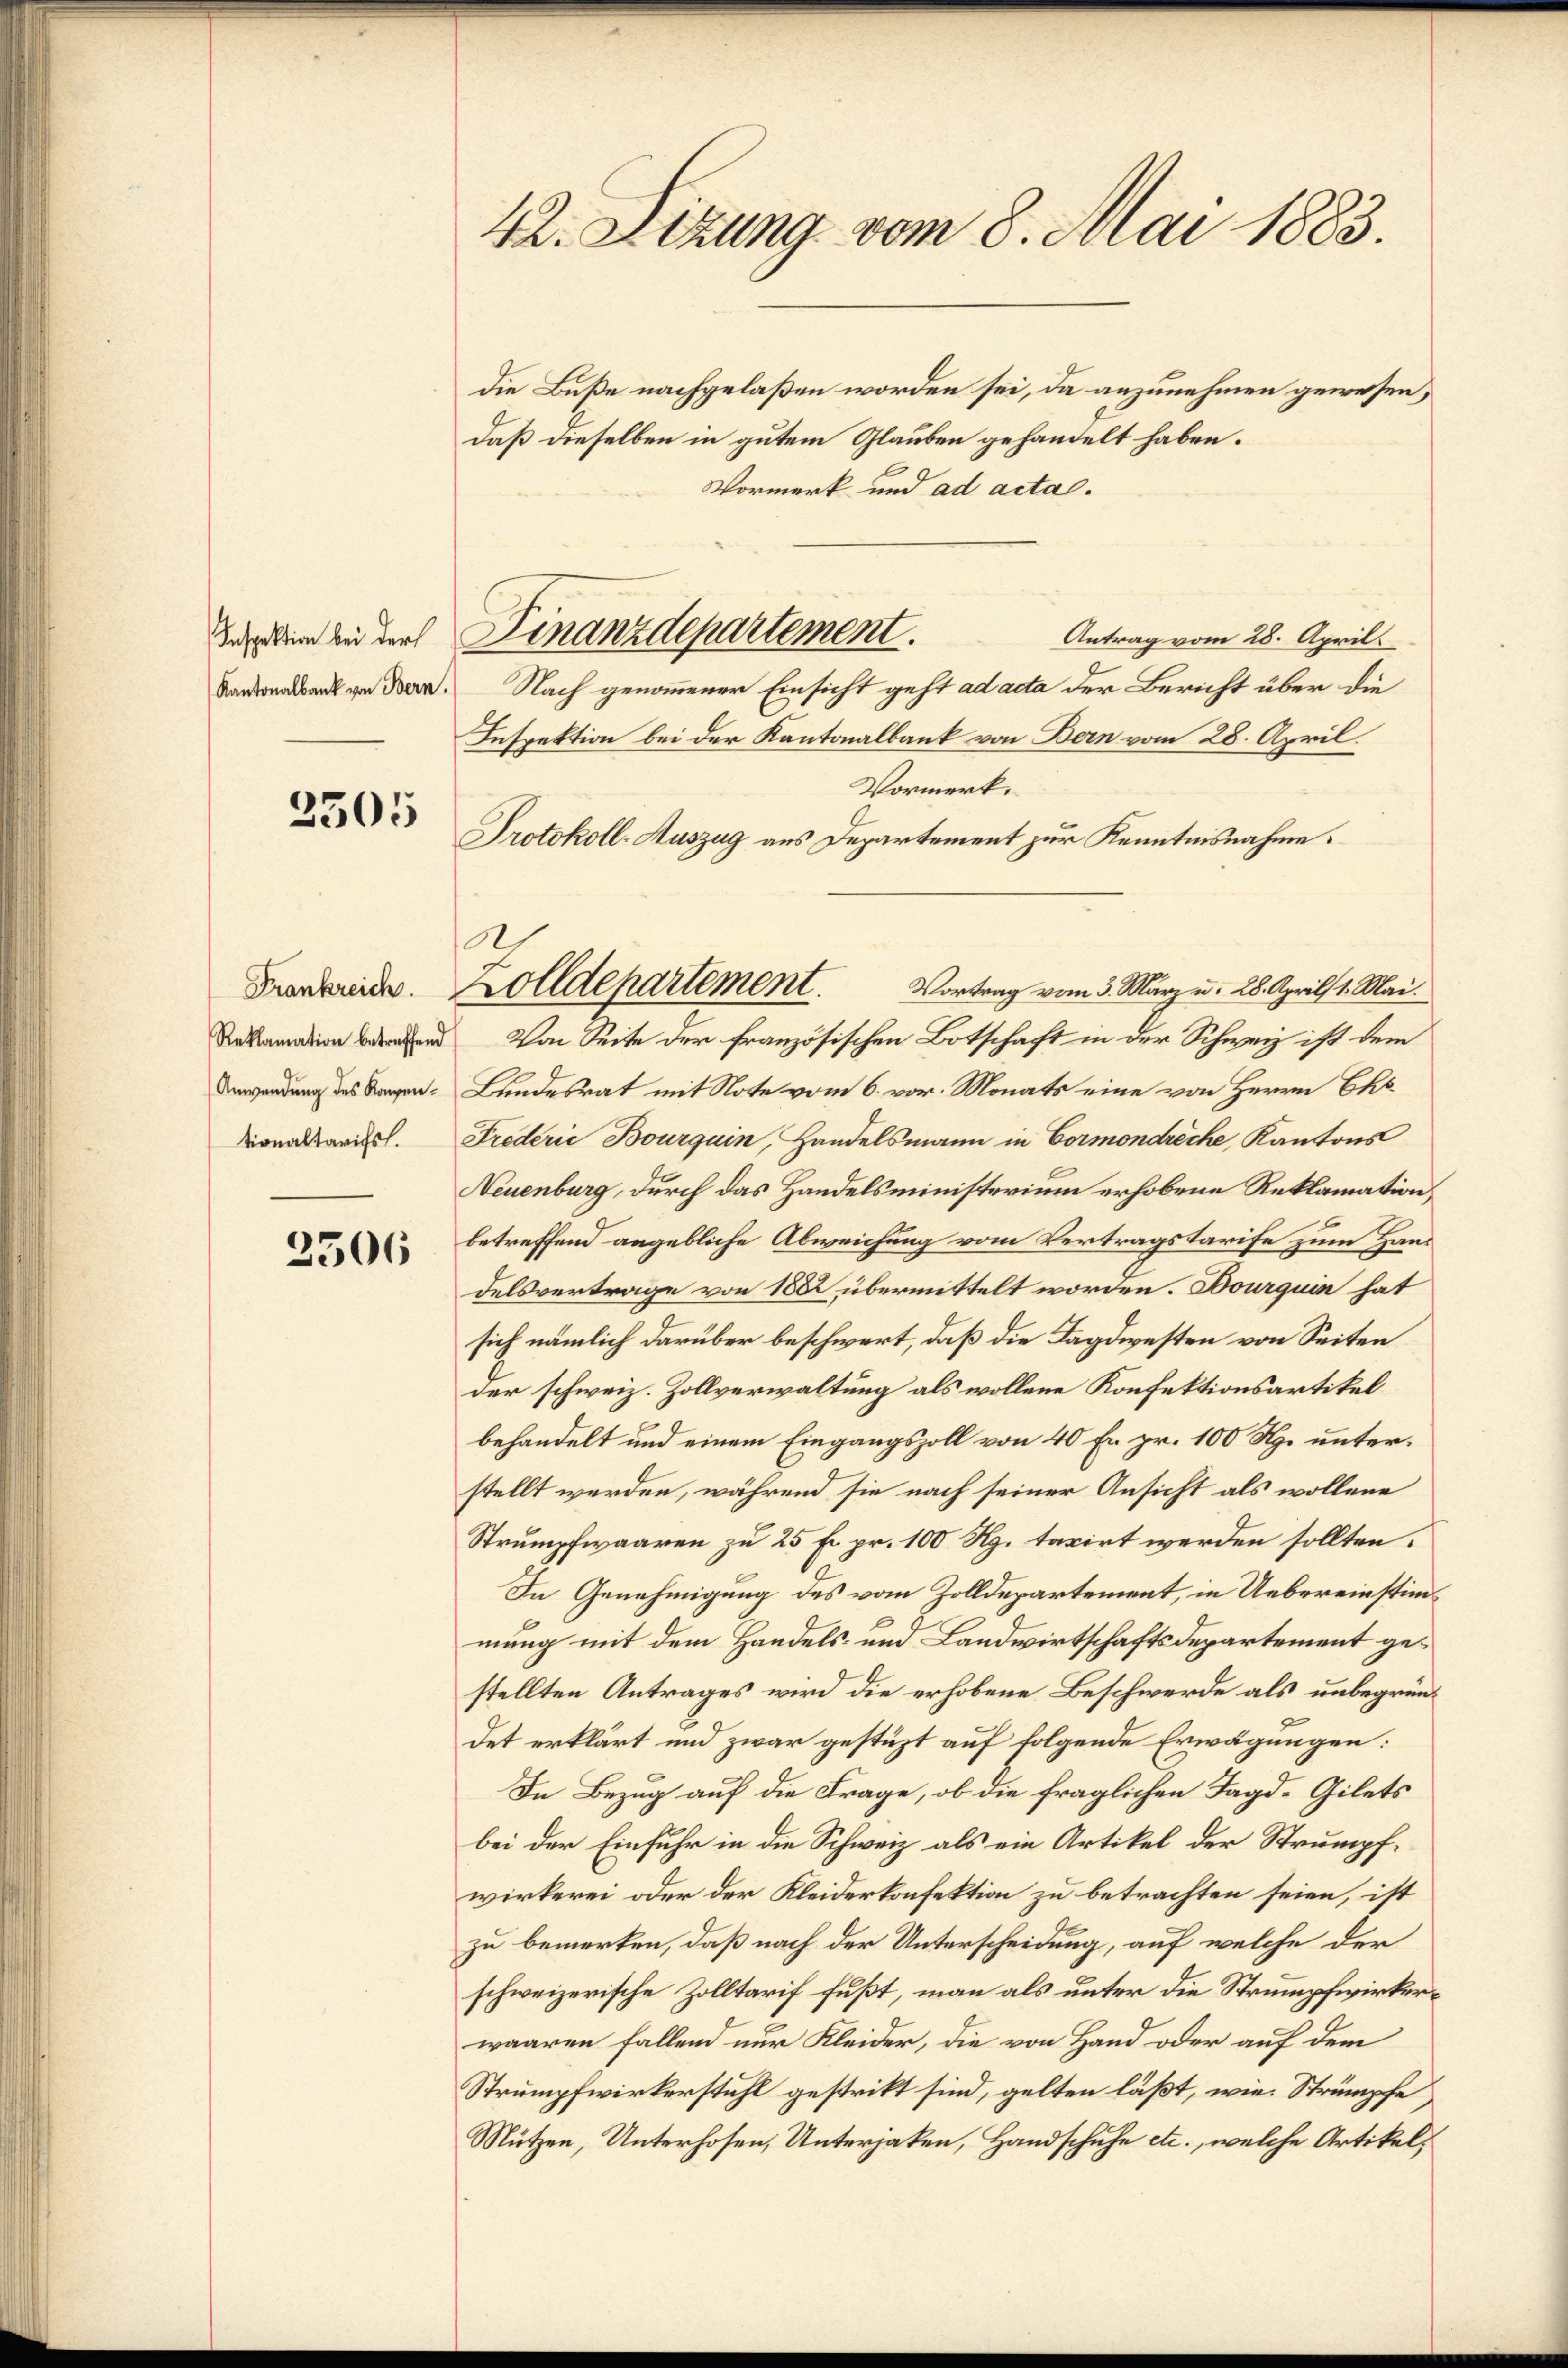
Inspektion bei der
Kantonalbank von Bern.

2505

Frankreich
Anwendung des Kompentionaltarifs.

2506

42. Sizung vom 8. Mai 1883.

die Buße nachgelaßen worden sei, da anzunehmen gewesen,
daß dieselben in gutem Glauben gehandelt haben.
Vormerk und ad acta.
Antrag vom 28. April.
Nach genommener Einsicht geht ad acta der Bericht über die
Inspektion bei der Kantonalbank von Bern vom 28. April
Vormerk.
Protokoll-Auszug aus Departement zur Kenntnisnahme.
.
 Von Seite der französischen Botschaft in der Schweiz ist dem
Bundesrat mit Note vom 6. vor. Monats eine von Herrn Chs.
Frederić Bourquin, Handelsmann in Cormondreche, Kantons
Neuenburg, durch das Handelsministerium erhobene Reklamation,
betreffend angebliche Abweichung vom Vertragstarife zum Hans
delsvertrage von 1822 übermittelt worden. Bourquin hat
sich nämlich darüber beschwert, daß die Tagdwesten von Seiten
der schweiz. Zollverwaltung als wollene Konfektionsartikel
behandelt und einem Eingangszoll von 40 Fr. pr. 100 Rp. unterstellt werden, während sie nach seiner Ansicht als wollene
Strumpfwaaren zu 25 fr. pr. 100 Rg. taxirt werden sollten.
In Genehmigung des vom Zolldepartement, in Uebereinstimmmung mit dem Handels- und Landwirtschaftsdepartement gestellten Antrages wird die erhobene Beschwerde als unbegründet erklärt und zwar gestüzt auf folgende Erwägungen:
In Bezug auf die Frage, ob die fraglichen Tagd-Gilets
bei der Einfuhr in die Schweiz als ein Artikel der Strumpfwirkerei oder der Kleiderkonfektion zu betrachten seien, ist
zu bemerken, daß nach der Unterscheidung, auf welche der
schweizerische Zolltarif fußt, man als unter die Strumpfwirkerwaaren fallend nur Kleider, die von Hand oder auf dem
Strumpfwirkerstuhl gestrikt sind, gelten läßt, wie Strümpfe
Mützen, Unterhofen, Unterjaken, Handschuhe etc., welche Artikel,

Dinanzdepartement.

Zolldepartement.
Vortrag vom 3. März u. 28. Aprils 1. Mai.